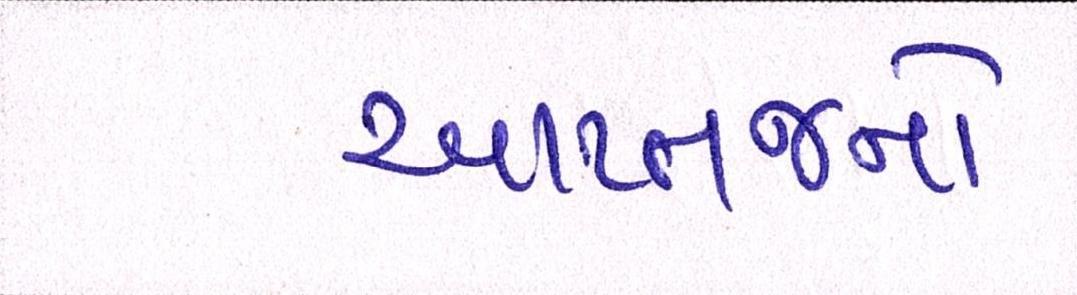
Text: આપ્તજનો